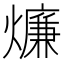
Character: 燫